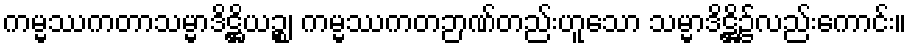
ကမ္မဿကတာသမ္မာဒိဋ္ဌိယဉ္စ၊ ကမ္မဿကတဉာဏ်တည်းဟူသော သမ္မာဒိဋ္ဌိ၌လည်းကောင်း။